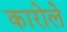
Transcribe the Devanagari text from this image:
कारोले